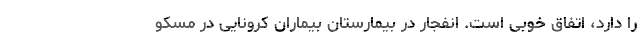
را دارد، اتفاق خوبی است. انفجار در بیمارستان بیماران کرونایی در مسکو